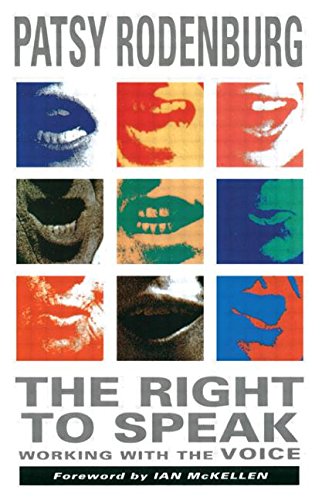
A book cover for The Right to Speak: Working with the Voice; Patsy Rodenburg; Reference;